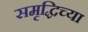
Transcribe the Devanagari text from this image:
समृद्धिच्या